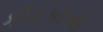
કીટકોનો